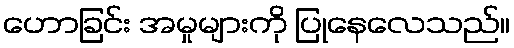
ဟောခြင်း အမှုများကို ပြုနေလေသည်။